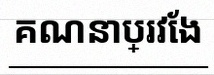
គណនាប្រវែង